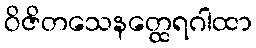
ဝိဇိတသေနတ္ထေရဂါထာ